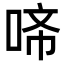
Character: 𭈇